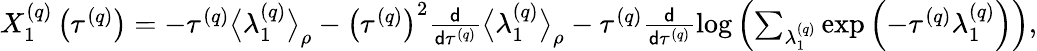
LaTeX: \begin{array}{r}{X_{1}^{\left(q\right)}\left(\tau^{\left(q\right)}\right)=-\tau^{\left(q\right)}\big\langle\lambda_{1}^{\left(q\right)}\big\rangle_{\rho}-\left(\tau^{\left(q\right)}\right)^{2}\frac{\mathsf{d}}{\mathsf{d}\tau^{\left(q\right)}}\big\langle\lambda_{1}^{\left(q\right)}\big\rangle_{\rho}-\tau^{\left(q\right)}\frac{\mathsf{d}}{\mathsf{d}\tau^{\left(q\right)}}\log\left(\sum_{\lambda_{1}^{\left(q\right)}}\exp\left(-\tau^{\left(q\right)}\lambda_{1}^{\left(q\right)}\right)\right),}\end{array}